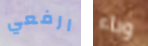
ارفعي وباء